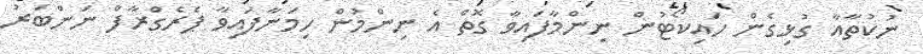
ނުކުތާއާ ގުޅިގެން ހައިކޯޓުން ނިންމާފައިވާ ގޮތް އެ ނިންމުން ހިމަނާފައިވާ ޕެރެގްރާފް ނަންބަރު